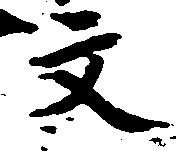
文